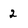
Character: 2